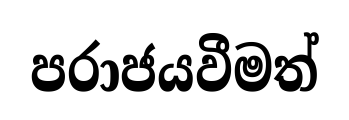
පරාජයවීමත්